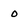
Character: 0